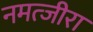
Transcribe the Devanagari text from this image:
नमत्जीरा